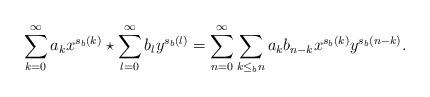
LaTeX: \begin{align*}\sum_{k=0}^{\infty}a_kx^{s_b(k)}\star \sum_{l=0}^{\infty}b_ly^{s_b(l)} = \sum_{n=0}^{\infty}\sum_{k\leq_b n}a_k b_{n-k}x^{s_b(k)}y^{s_b(n-k)}.\end{align*}